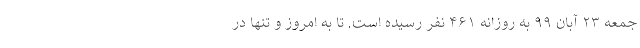
جمعه ۲۳ آبان ۹۹ به روزانه ۴۶۱ نفر رسیده است. تا به امروز و تنها در